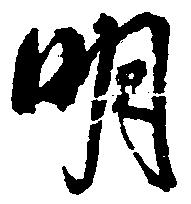
明